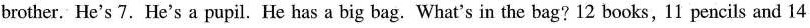
brother. He's 7.He's a pupil. He has a big bag. What's in the bag? 12 books, 11 pencils and 14